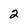
Character: 2